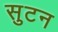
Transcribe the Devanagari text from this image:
सुटन